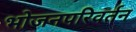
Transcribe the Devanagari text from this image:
भोजनपरिवर्तन